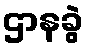
ဌာနခွဲ